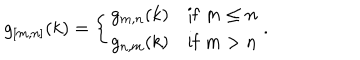
LaTeX: g _ { [ m , n ] } ( k ) = \left\{ \begin{array} { l l } { { g _ { m , n } ( k ) } } & { { \mathrm { i f } \; m \leq n } } \\ { { g _ { n , m } ( k ) } } & { { \mathrm { i f } \; m > n } } \\ \end{array} \right. .